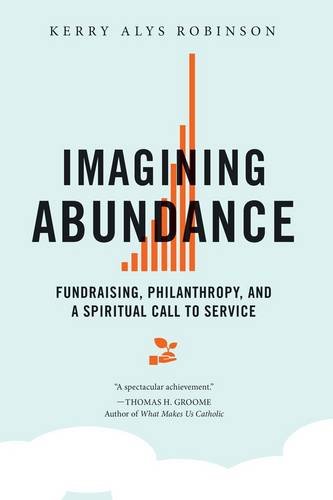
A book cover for Imagining Abundance: Fundraising, Philanthropy, and a Spiritual Call to Service; Kerry Alys Robinson; Politics & Social Sciences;